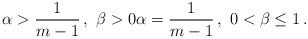
LaTeX: \begin{align*}\alpha > \frac 1 {m-1} \, , \ \beta >0 \alpha=\frac 1{m-1} \, , \ 0<\beta\leq 1 \, .\end{align*}